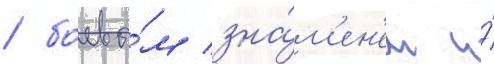
/ боевы́м зна́м'ен'ем и́